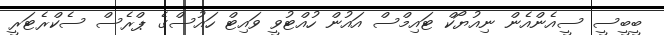
ބީބީސީ ސީއެންއެން ނިއުޔޯކް ޓައިމްސް އައުން ހުއްޓުވީ ވައިޓް ހައުސްގެ ޕްރެސް ސެކްރެޓަރީ